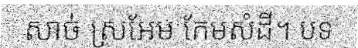
សាច់ ស្រអែម កែមសំដី។ បទ